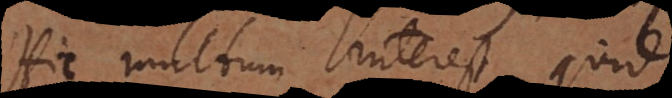
Hic multum interest quid